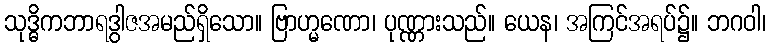
သုဒ္ဓိကဘာရဒွါဇအမည်ရှိသော။ ဗြာဟ္မဏော၊ ပုဏ္ဏားသည်။ ယေန၊ အကြင်အရပ်၌။ ဘဂဝါ၊